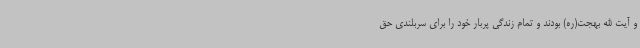
و آیت الله بهجت(ره) بودند و تمام زندگی پربار خود را برای سربلندی حق